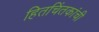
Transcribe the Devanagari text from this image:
हितचिंतकांची